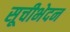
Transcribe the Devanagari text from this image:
सूचीभेदन